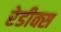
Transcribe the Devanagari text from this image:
रेडीक्स